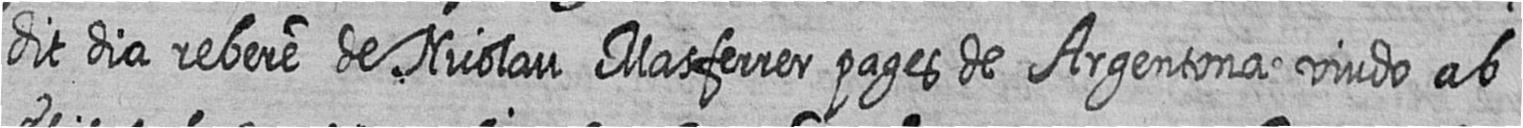
dit dia rebere de Nicolau Masferrer pages de Argentona viudo ab